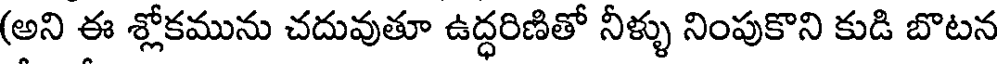
(అని ఈ శ్లోకమును చదువుతూ ఉద్ధరిణితో నీళ్ళు నింపుకొని కుడి బొటన